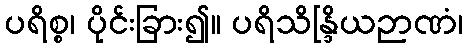
ပရိစ္စ၊ ပိုင်းခြား၍။ ပရိသိန္ဒြိယဉာဏံ၊